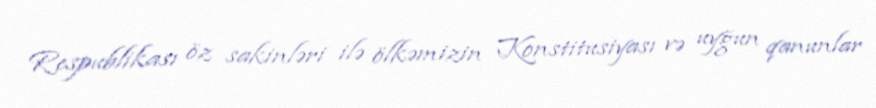
Respublikası öz sakinləri ilə ölkəmizin Konstitusiyası və uyğun qanunlar